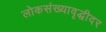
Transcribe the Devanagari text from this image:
लोकसंख्यावृद्धीदर